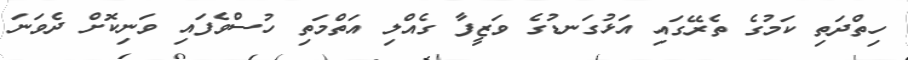
ހިތްދަތި ކަމުގެ ތެރޭގައި އަޅުގަނޑުގެ ވަޒީފާ ގެއްލި އަތްމަތި ހުސްވެފައި ވަނިކޮށް ދެވަނަ